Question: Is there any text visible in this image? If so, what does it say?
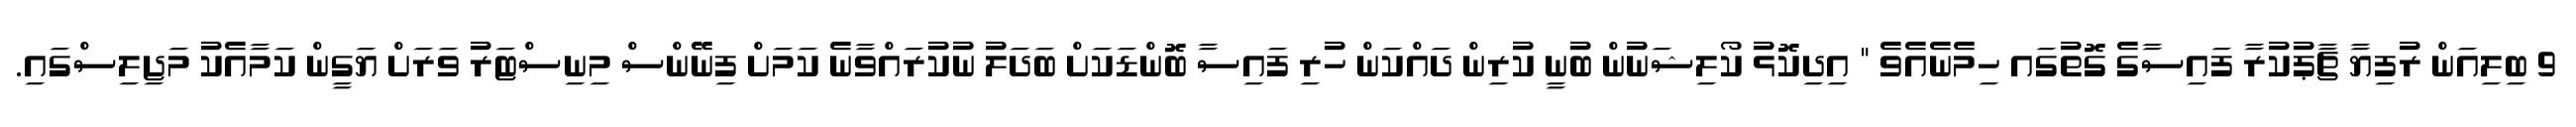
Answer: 9 ބިލިއަން ރުފިޔާ ޗާޕުކުރާ ފައިސާގެ ގޮތުގައ ހިމެނެއެވެ " އިދިކޮޅު ކޯލިޝަނުން ބުނީ ކުރިން ދައްކަން ހުރި ފައިސާ ބޮންޑަކަށް ބަދަލު ނުކުރައްވާނެ ކަމަށް ފިނޭންސް މިނިސްޓަރު ވަރަށް ޔަގީން ކަމާއެކު މަޖިލިސްގައި.